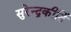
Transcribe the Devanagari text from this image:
सुरेन्द्रकीर्ति